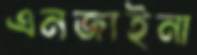
এনজাইনা